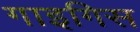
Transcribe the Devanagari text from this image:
गाइगिस